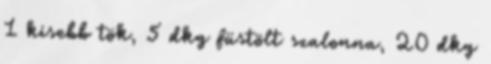
1 kisebb tök, 5 dkg füstölt szalonna, 20 dkg